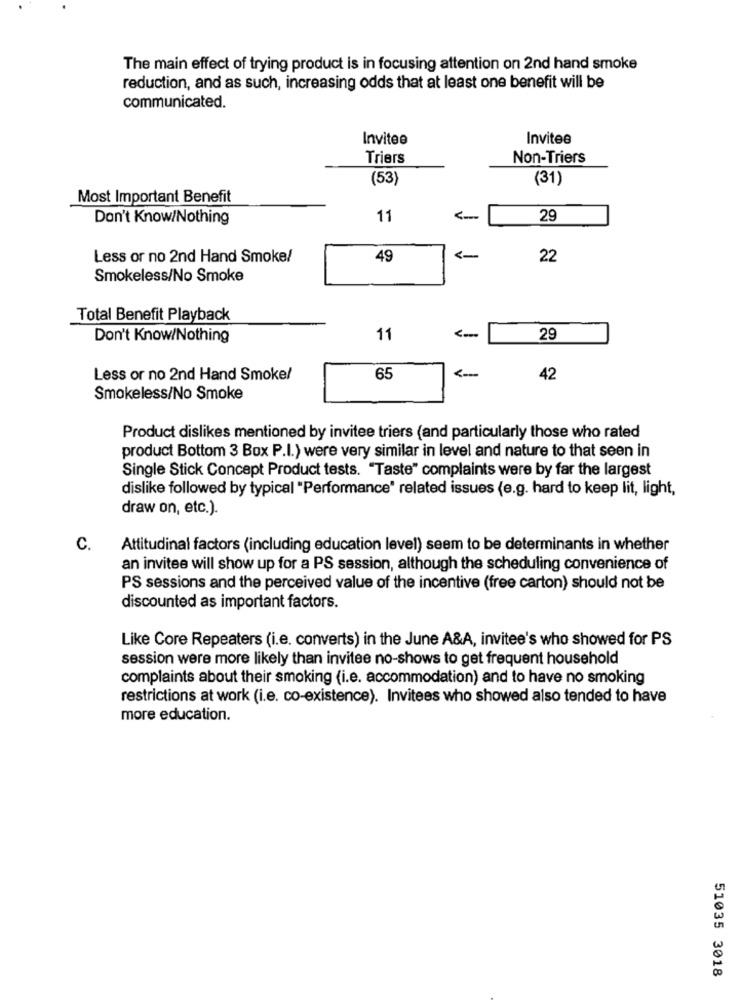
The main effect of trying product is in focusing attention on 2nd hand smoke
reduction, and as such, increasing odds that at least one benefit will be
communicated.
Invitee
Invitee
Triers
Non-Triers
(53)
(31)
Most Important Benefit
Don't Know/Nothing
11
29
Less or no 2nd Hand Smoke/
49
22
Smokeless/No Smoke
Total Benefit Playback
Don't Know/Nothing
11
29
Less or no 2nd Hand Smoke!
65
42
Smokeless/No Smoke
Product dislikes mentioned by invitee triers (and particularly those who rated
product Bottom 3 Box P.I.) were very similar in level and nature to that seen in
Single Stick Concept Product tests. "Taste" complaints were by far the largest
dislike followed by typical "Performance" related issues (e.g. hard to keep lit, light,
draw on, etc.).
C.
Attitudinal factors (including education level) seem to be determinants in whether
an invitee will show up for a PS session, although the scheduling convenience of
PS sessions and the perceived value of the incentive (free carton) should not be
discounted as important factors.
Like Core Repeaters (i.e. converts) in the June A&A, invitee's who showed for PS
session were more likely than invitee no-shows to get frequent household
complaints about their smoking (i.e. accommodation) and to have no smoking
restrictions at work (i.e. co-existence). Invitees who showed also tended to have
more education.
51035 3018